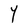
Character: Y